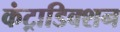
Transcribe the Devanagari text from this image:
कंट्राडिक्शन